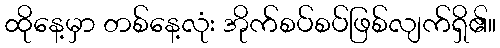
ထိုနေ့မှာ တစ်နေ့လုံး အိုက်စပ်စပ်ဖြစ်လျက်ရှိ၏။